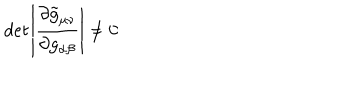
{ \it d e t } \left| \frac { \partial \tilde { g } _ { \mu \nu } } { \partial g _ { \alpha \beta } } \right| \neq 0